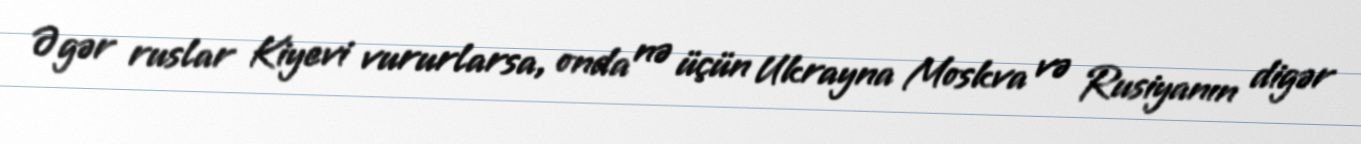
Əgər ruslar Kiyevi vururlarsa, onda nə üçün Ukrayna Moskva və Rusiyanın digər